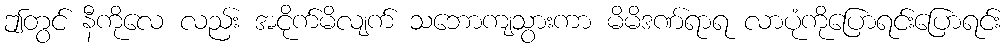
ဤတွင် နီကိုလေ လည်း အငိုက်မိလျက် သဘောကျသွားကာ မိမိဒဏ်ရာရ လာပုံကိုပြောရင်းပြောရင်း